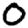
Digit: 0